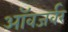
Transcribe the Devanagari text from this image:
ऑवजर्वर